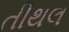
તીથલ